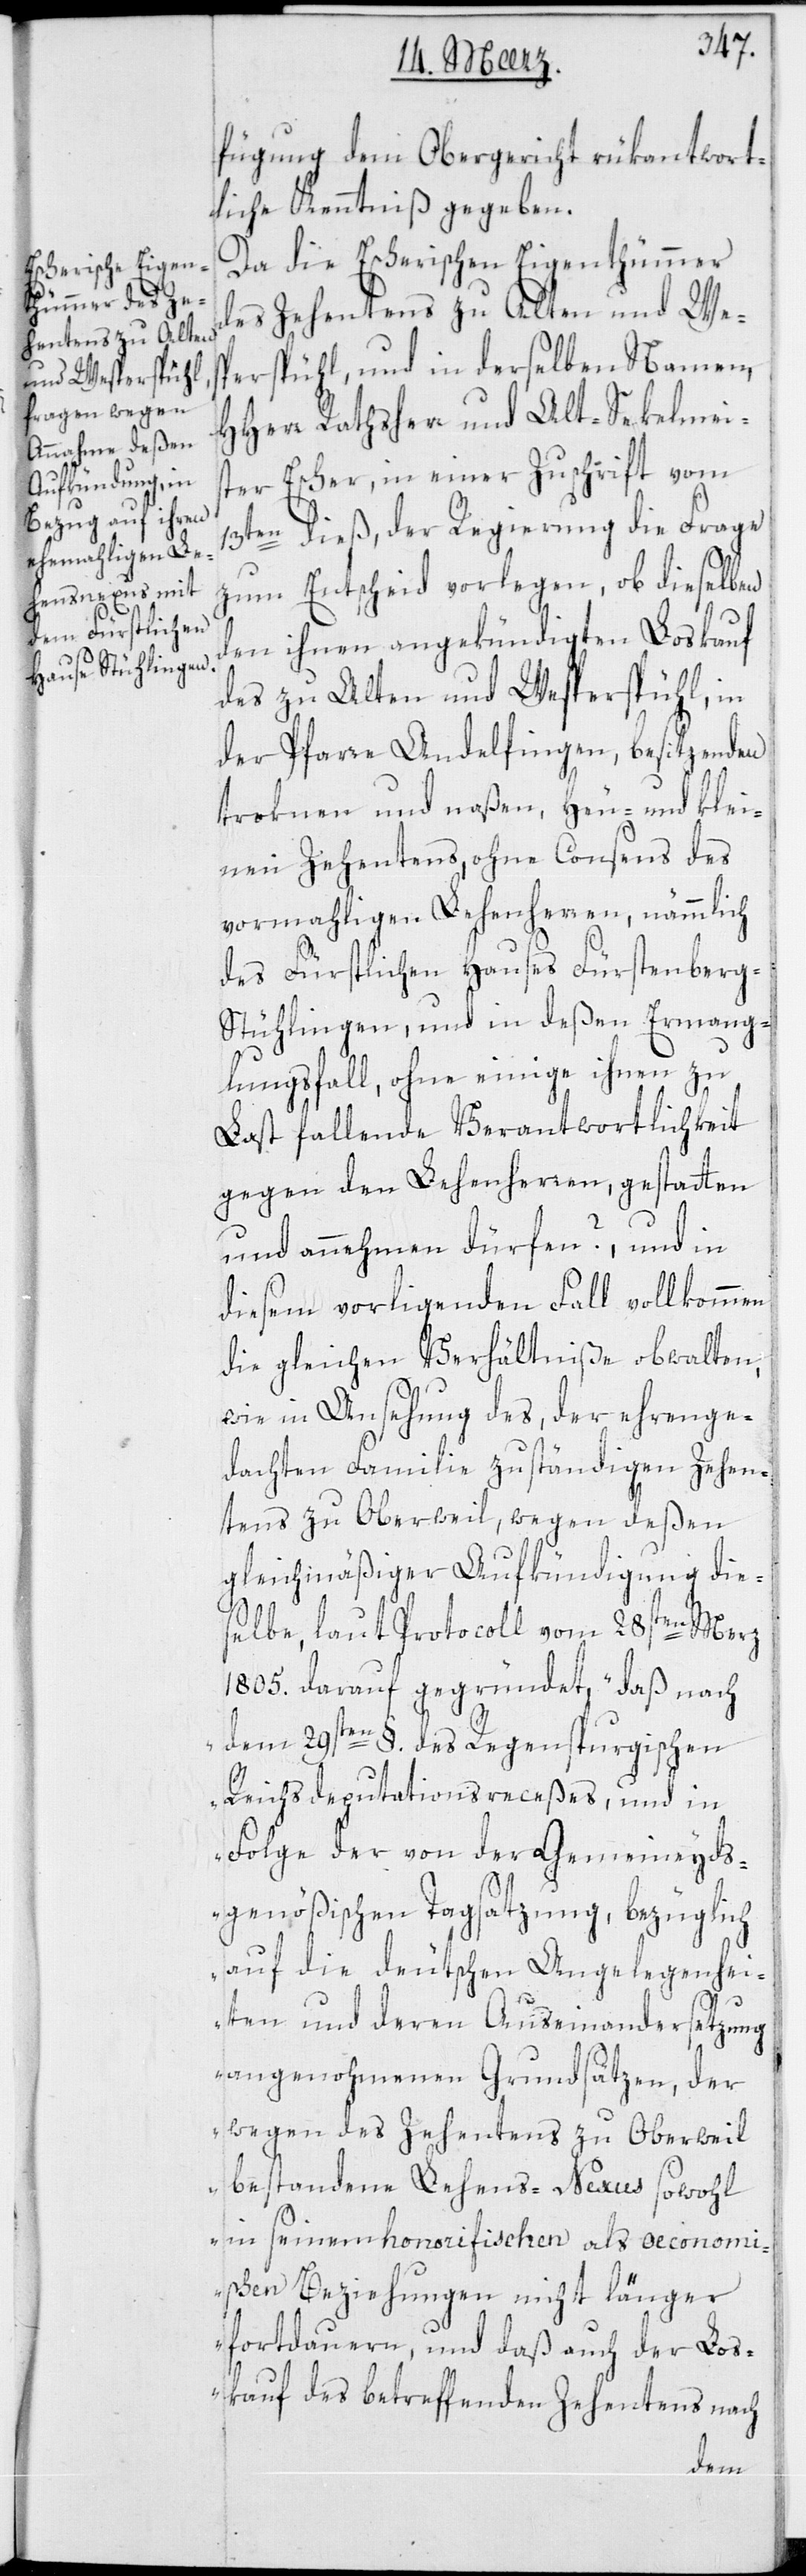
fügung dem Obergericht rükantwort¬
liche Kenntniß gegeben.
Da die Escherischen Eigenthümer
des Zehentens zu Alten und Wes¬
perspühl und in derselben Namen,
Herr Rathsherr und Alt-Sekelmeis¬
ter Escher, in einer Zuschrift vom
13ten dieß, der Regierung die Frage
zum Entscheid vorlegen, ob dieselben
den ihnen angekündigten Loskauf
des zu Alten und Wesperspühl in
der Pfarre Andelfingen, besitzenden
troknen und naßen, Heu- und klei¬
nen Zehentens, ohne Consens des
vormahligen Lehenherren, nämmlich
des Fürstlichen Hauses Fürstenberg-S¬
tühlingen, und in deßen Ermang¬
lungsfall, ohne einige ihnen zu
Last fallende Verantwortlichkeit
gegen den Lehenherren, gestatten
und annehmen dürfen?, und in
diesem vorliegenden Fall vollkommen
die gleichen Verhältniße obwalten,
wie in Ansehung des, der ehrenge¬
dachten Familie zuständigen Zehen¬
tens zu Oberweil, wegen deßen
gleichmäßiger Aufkündigung die¬
selbe, laut Protocoll vom 28sten Merz
1805. darauf gegründet, „Daß nach
dem 29sten §. des Regensburgischen
Reichsdeputationsreceßes, und in
Folge der von der Gemeineyds¬
genößischen Tagsatzung, bezüglich
auf die deutschen Angelegenhei¬
ten und deren Auseinandersetzung
angenohmenen Grundsätzen, der
wegen des Zehentens zu Oberwil
bestandene Lehens-Nexus sowohl
in seinem honorifischen als öconomi¬
schen Beziehungen nicht länger
fortdauern, und daß auch der Los¬
kauf des betreffenden Zehentens nach